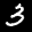
Label: 3